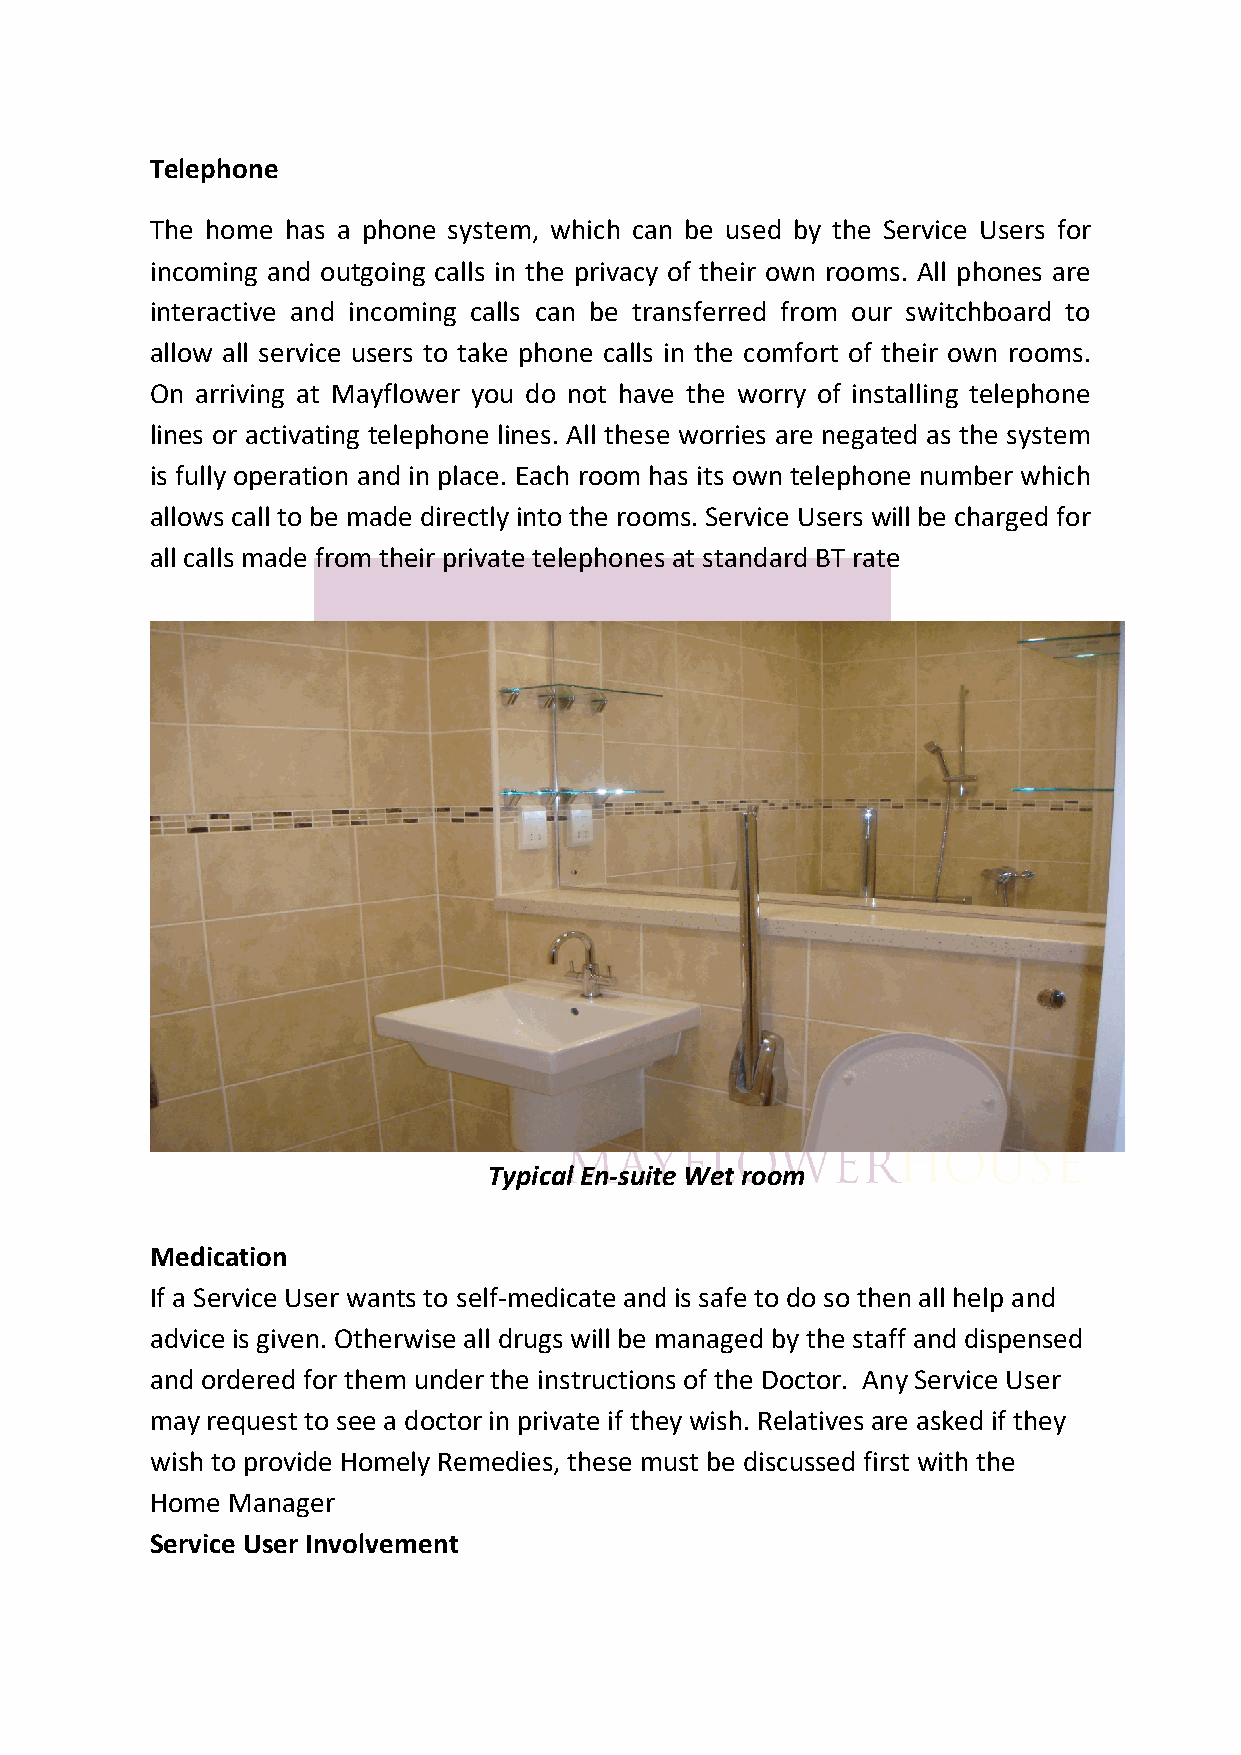
Telephone
 The home has a phone system, which can be used by the Service Users for
 incoming and outgoing calls in the privacy of their own rooms. All phones are
 interactive and incoming calls can be transferred from our switchboard to
 allow all service users to take phone calls in the comfort of their own rooms.
 On arriving at Mayflower you do not have the worry of installing telephone
 lines or activating telephone lines. All these worries are negated as the system
 is fully operation and in place. Each room has its own telephone number which
 allows call to be made directly into the rooms. Service Users will be charged for
 all calls made from their private telephones at standard BT rate
 Typical En-suite Wet room
 Medication
 If a Service User wants to self-medicate and is safe to do so then all help and
 advice is given. Otherwise all drugs will be managed by the staff and dispensed
 and ordered for them under the instructions of the Doctor. Any Service User
 may request to see a doctor in private if they wish. Relatives are asked if they
 wish to provide Homely Remedies, these must be discussed first with the
 Home Manager
 Service User Involvement